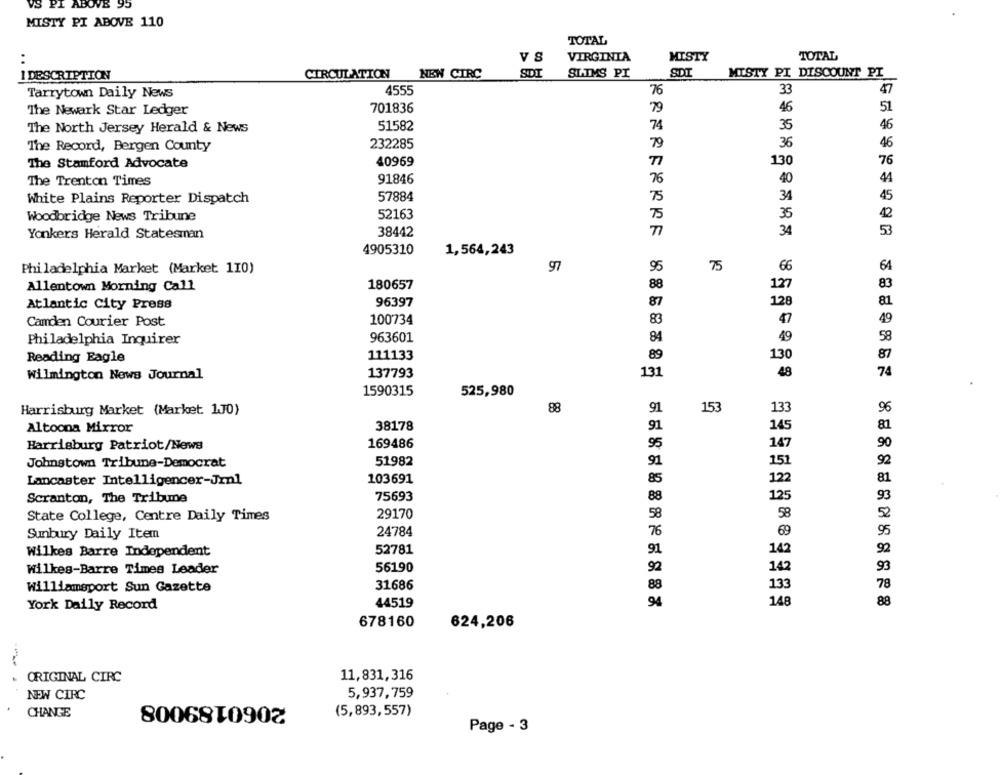
VS
VB 95
MISTY PI ABOVE 110
TOTAL
TOTAL
VS
VIRGINIA
MISTY
I DESCRIPTION
CIRCULATION
NEW CIRC
SLIMS PI
SDI
MISTY PI DISCOUNT PI
Tarrytown Daily News
4555
76
33
47
701836
79
46
51
The Newark Star Ledger
The North Jersey Herald & News
51582
74
35
46
The Record, Bergen County
232285
79
36
46
40969
TI
130
76
The Stamford Advocate
91846
44
The Trenton Times
76
40
White Plains Reporter Dispatch
57884
75
34
45
Woodbridge News Tribune
52163
75
35
38442
77
34
53
Yonkers Herald Statesman
4905310
1,564,243
Philadelphia Market (Market 110)
97
95
75
66
64
180657
88
127
83
Allentown Morning Call
87
128
81
Atlantic City Press
96397
49
Camden Courier Post
100734
83
Philadelphia Inquirer
963601
84
49
58
111133
89
130
87
Reading Eagle
48
74
Wilmington News Journal
137793
131
1590315
525,980
Harrisburg Market (Market. 1J0)
88
91
153
133
96
38178
91
145
Altoona Mirror
81
95
Harrisburg Patriot/News
169486
147
90
Johnstown Tribune-Democrat
51982
91
151
92
103691
85
122
81
Lancaster Intelligencer-Jrnl
125
93
Scranton, The Tribune
75693
52
State College, Centre Daily Times
29170
58
Sunbury Daily Item
24784
76
69
95
52781
142
92
Wilkes Barre Independent
142
Wilkes-Barre Times Leader
56190
93
Williamsport Sun Gazette
31686
133
78
44519
148
88
York Daily Record
678160
624,206
.
ORIGINAL CIRC
11,831,316
NEW CIRC
2060189008
5,937,759
CHANGE
(5,893,557)
Page - 3